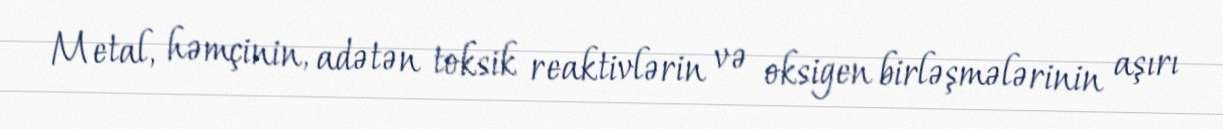
Metal, həmçinin, adətən toksik reaktivlərin və oksigen birləşmələrinin aşırı